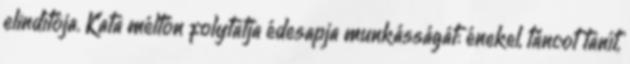
elindítója. Kata méltón folytatja édesapja munkásságát: énekel, táncot tanít,